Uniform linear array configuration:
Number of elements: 12
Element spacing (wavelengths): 0.75
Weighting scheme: kaiser
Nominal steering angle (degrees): -45
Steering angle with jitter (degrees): -46.038
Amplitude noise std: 0.05
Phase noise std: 0.05

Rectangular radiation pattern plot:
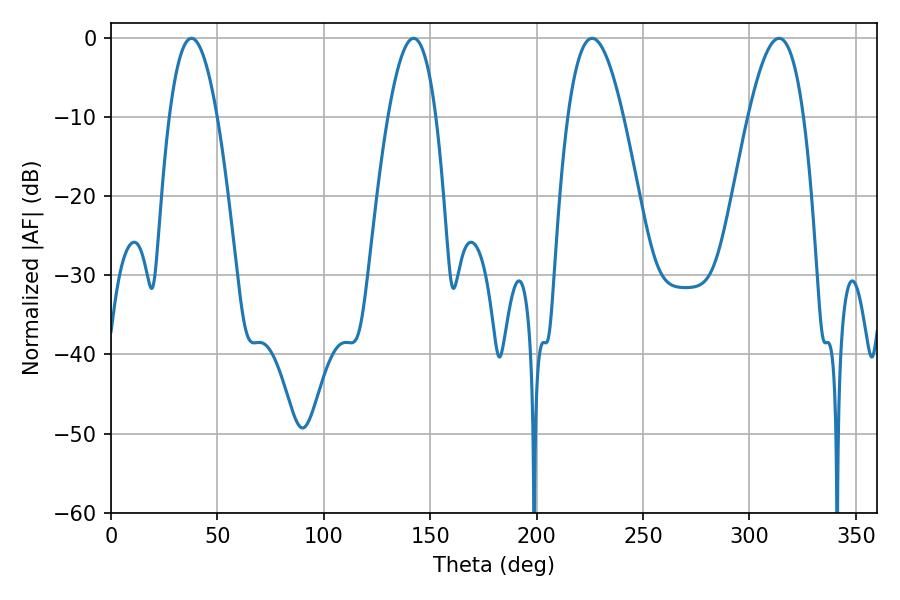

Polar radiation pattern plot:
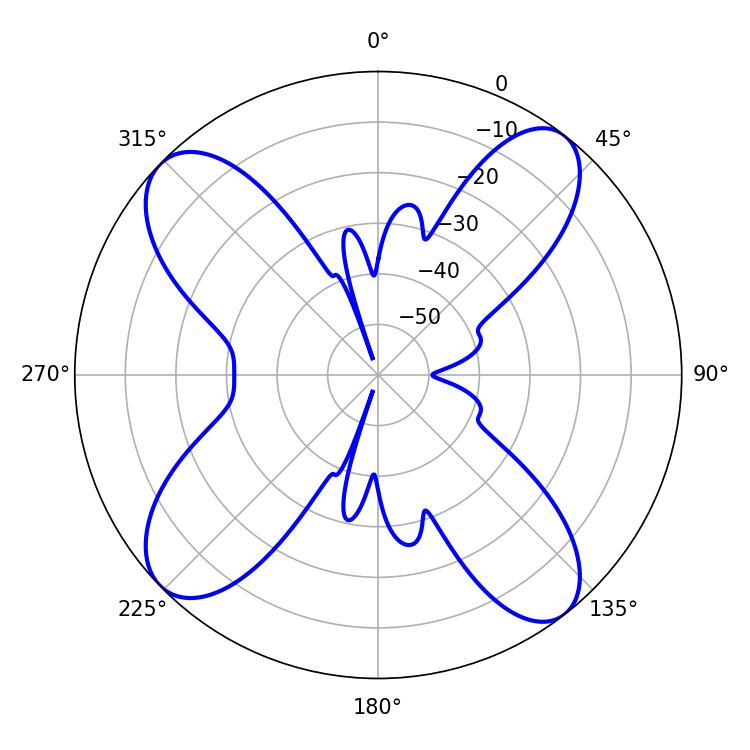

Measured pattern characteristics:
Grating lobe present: TRUE
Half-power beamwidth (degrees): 14.22
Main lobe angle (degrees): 226.08